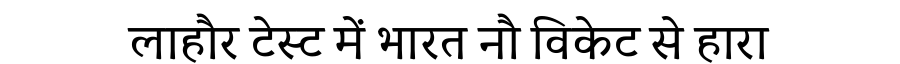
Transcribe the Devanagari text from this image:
लाहौर टेस्ट में भारत नौ विकेट से हारा